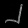
Digit: ၂